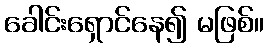
ခေါင်းရှောင်နေ၍ မဖြစ်။